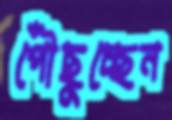
পৌঁছুচ্ছেন